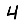
Digit: 4